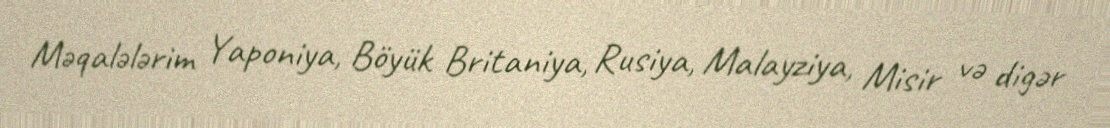
Məqalələrim Yaponiya, Böyük Britaniya, Rusiya, Malayziya, Misir və digər